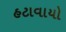
હટાવાયો